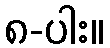
၈-ပါး။